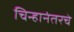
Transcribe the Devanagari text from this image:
चिन्हानंतरचे